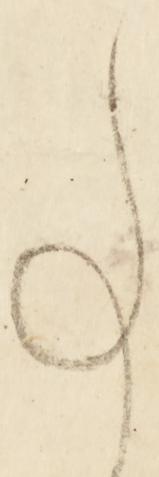
事